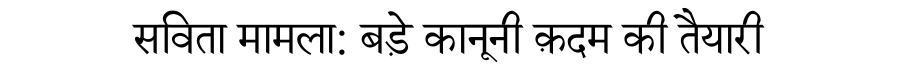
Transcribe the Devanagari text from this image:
सविता मामला: बड़े कानूनी क़दम की तैयारी